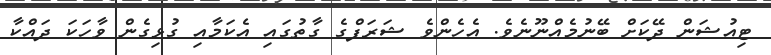
ޓިއުޝަން ދޭކަށް ބޭނުމެއްނޫނެވެ. އެހެންވެ ޝަރަފްގެ ގާތުގައި އެކަމާއި ގުޅިގެން ވާހަކަ ދައްކާ